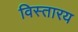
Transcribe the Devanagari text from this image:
विस्तारय